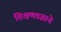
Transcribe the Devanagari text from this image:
शिक्षणतज्ञाने